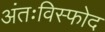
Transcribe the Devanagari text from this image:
अंतःविस्फोद